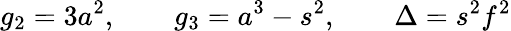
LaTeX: g_{2}=3a^{2},\qquad g_{3}=a^{3}-s^{2},\qquad\Delta=s^{2}f^{2}